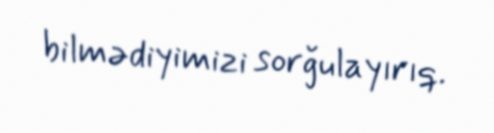
bilmədiyimizi sorğulayırıq.